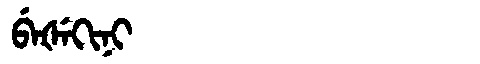
Manchu: ᠪᡝᡧᡝᡴᡳᠨᡳ
Romanization: BEŠEKINI